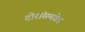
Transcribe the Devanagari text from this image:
दोरांसमवेत